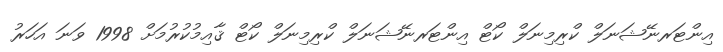
އިންޓަރނޭޝަނަލް ކްރިމިނަލް ކޯޓް އިންޓަރނޭޝަނަލް ކްރިމިނަލް ކޯޓް ޤާއިމުކުރުމަށް 1998 ވަނަ އަހަރު